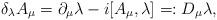
LaTeX: \begin{align*}\delta_\lambda A_\mu = \partial_\mu\lambda - i[A_\mu,\lambda]=:D_\mu\lambda, \end{align*}